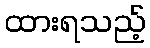
ထားရသည့်